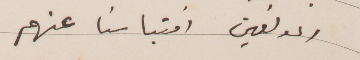
المولفين اقتباسنا عنهم